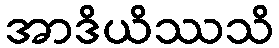
အာဒိယိဿသိ